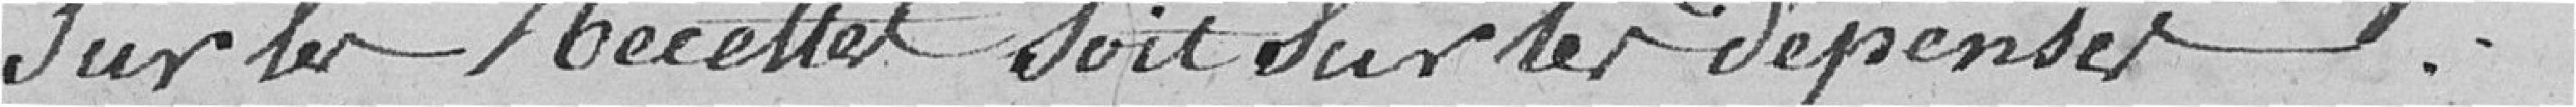
sur les Recettes soit sur les dépenses.